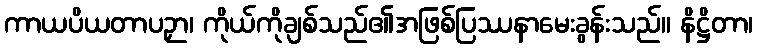
ကာယပိယတာပဉှာ၊ ကိုယ်ကိုချစ်သည်၏အဖြစ်ပြဿနာမေးခွန်းသည်။ နိဋ္ဌိတာ၊